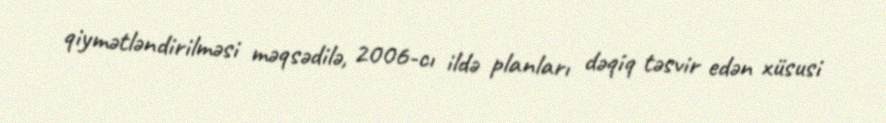
qiymətləndirilməsi məqsədilə, 2006-cı ildə planları dəqiq təsvir edən xüsusi